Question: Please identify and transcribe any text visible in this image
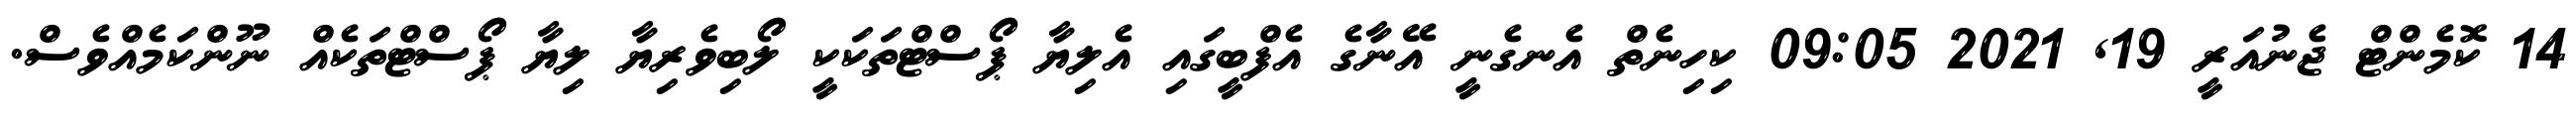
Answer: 14 ކޮމެންޓް ޖެނުއަރީ 19, 2021 09:05 ކިހިނެތް އެނގެނީ އޭނާގެ އެފްބީގައި އެލިޔާ ޕޯސްޓްތަކަކީ ލޯބިވެރިޔާ ލިޔާ ޕޯސްޓްތަކެއް ނޫންކަމެއްވެސް.